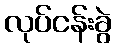
လုပ်ငန်းခွဲ